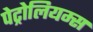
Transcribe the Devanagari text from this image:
पेट्रोलियम्स